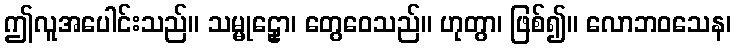
ဤလူအပေါင်းသည်။ သမ္မုဠှော၊ တွေဝေသည်။ ဟုတွာ၊ ဖြစ်၍။ လောဘဝသေန၊